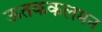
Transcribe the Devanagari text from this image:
ऊतककलमन